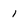
Character: 1